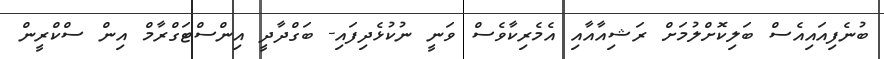
ބުނެފިއައިއެސް ބަލިކޮށްލުމަށް ރަޝިއާއާއި އެމެރިކާވެސް ވަނީ ނުކުޅެދިފައި- ބަަގްދާދީ އިންސްޓަގްރާމް އިން ސްކްރީން